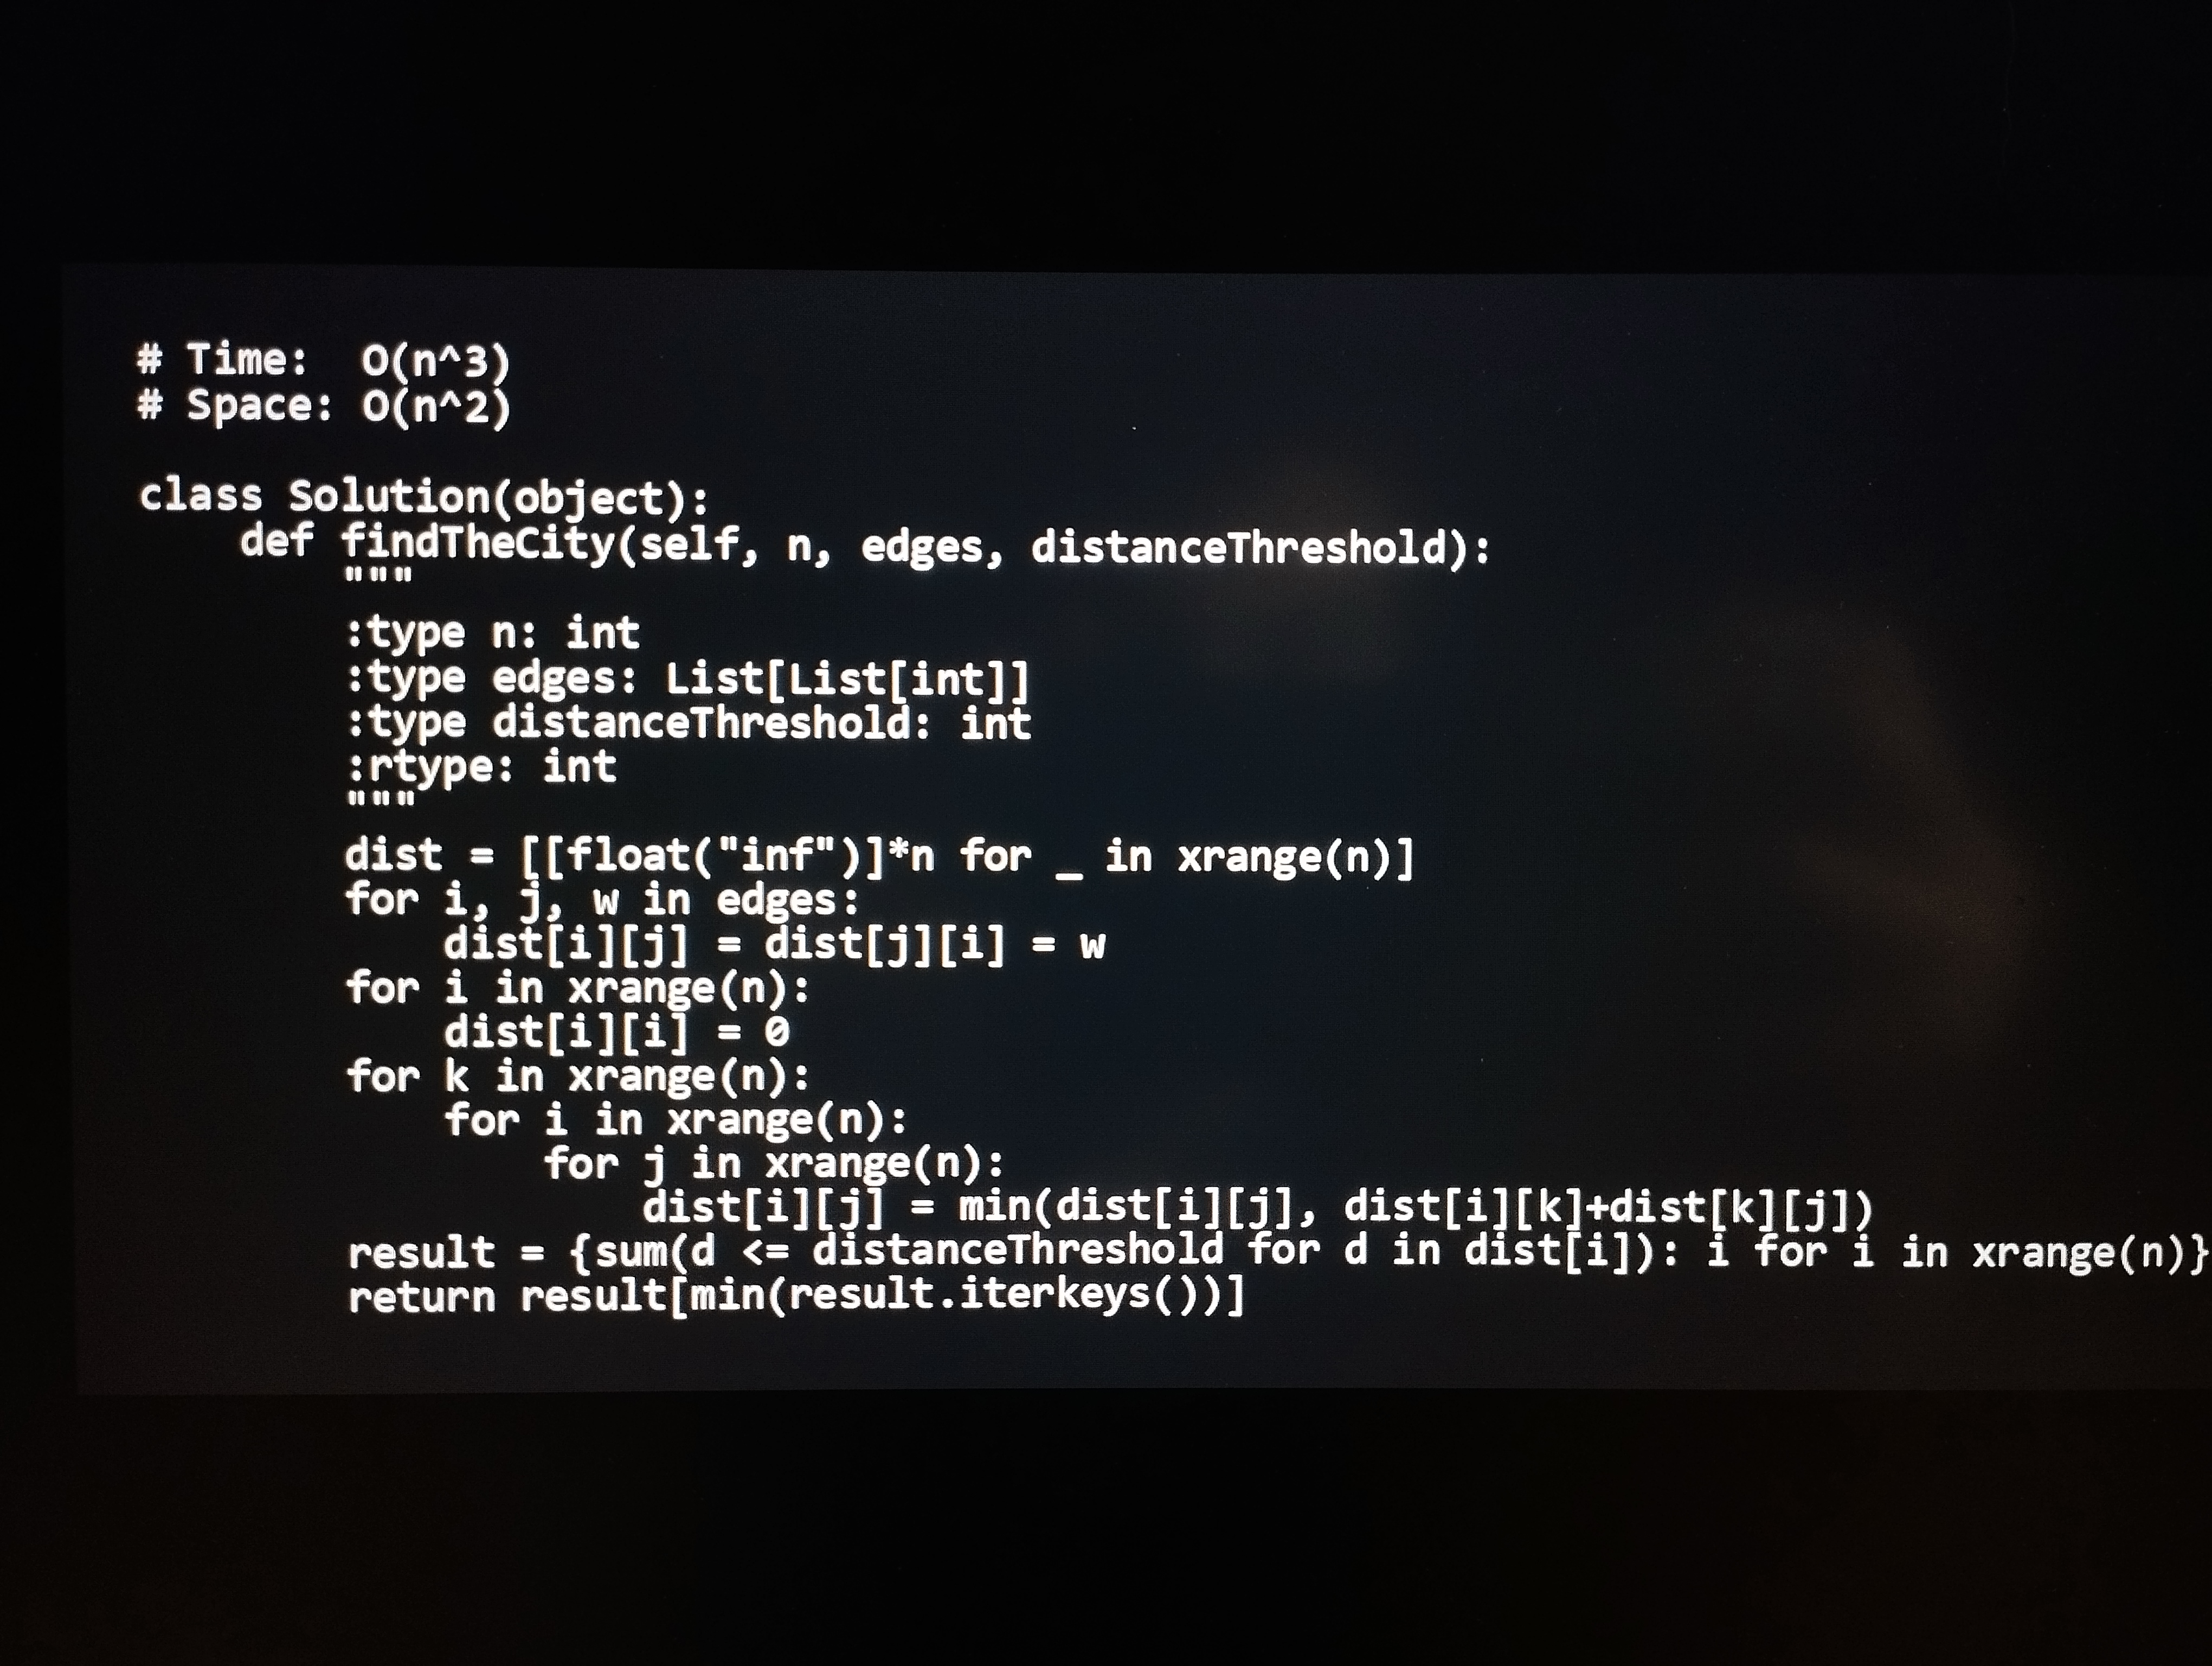
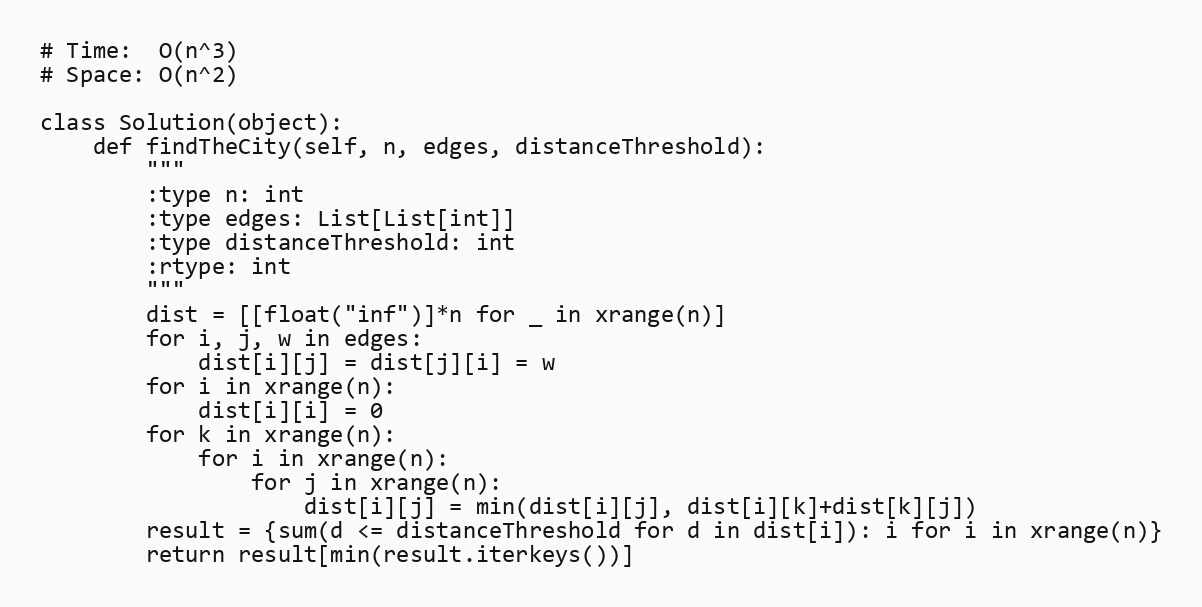
# Time:  O(n^3)
# Space: O(n^2)

class Solution(object):
    def findTheCity(self, n, edges, distanceThreshold):
        """
        :type n: int
        :type edges: List[List[int]]
        :type distanceThreshold: int
        :rtype: int
        """
        dist = [[float("inf")]*n for _ in xrange(n)]
        for i, j, w in edges:
            dist[i][j] = dist[j][i] = w
        for i in xrange(n):
            dist[i][i] = 0
        for k in xrange(n):
            for i in xrange(n):
                for j in xrange(n):
                    dist[i][j] = min(dist[i][j], dist[i][k]+dist[k][j])
        result = {sum(d <= distanceThreshold for d in dist[i]): i for i in xrange(n)}
        return result[min(result.iterkeys())]